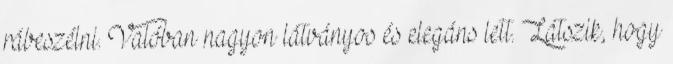
rábeszélni. Valóban nagyon látványos és elegáns lett. Látszik, hogy